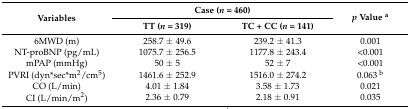
<table><thead><tr><td rowspan="2"><b>Variables</b></td><td colspan="2"><b>Case (<i>n</i> = 460)</b></td><td rowspan="2"><b><i>p</i> Value <sup>a</sup></b></td></tr><tr><td><b>TT (<i>n</i> = 319)</b></td><td><b>TC + CC (<i>n</i> = 141)</b></td></tr></thead><tbody><tr><td>6MWD (m)</td><td>258.7 ± 49.6</td><td>239.2 ± 41.3</td><td>0.001</td></tr><tr><td>NT-proBNP (pg/mL)</td><td>1075.7 ± 256.5</td><td>1177.8 ± 243.4</td><td>&lt;0.001</td></tr><tr><td>mPAP (mmHg)</td><td>50 ± 5</td><td>52 ± 7</td><td>&lt;0.001</td></tr><tr><td>PVRI (dyn*sec*m<sup>2</sup>/cm<sup>5</sup>)</td><td>1461.6 ± 252.9</td><td>1516.0 ± 274.2</td><td>0.063 <sup>b</sup></td></tr><tr><td>CO (L/min)</td><td>4.01 ± 1.84</td><td>3.58 ± 1.73</td><td>0.021</td></tr><tr><td>CI (L/min/m<sup>2</sup>)</td><td>2.36 ± 0.79</td><td>2.18 ± 0.91</td><td>0.035</td></tr></tbody></table>